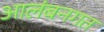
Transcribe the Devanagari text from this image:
आलंबनगत